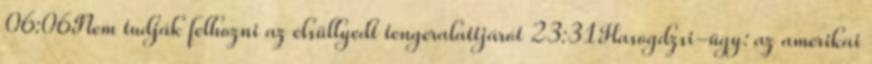
06:06Nem tudják felhozni az elsüllyedt tengeralattjárót 23:31Hasogdzsi-ügy: az amerikai